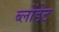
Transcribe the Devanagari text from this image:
ब्लोंडेट